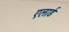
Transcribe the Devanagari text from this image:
एलार्ड